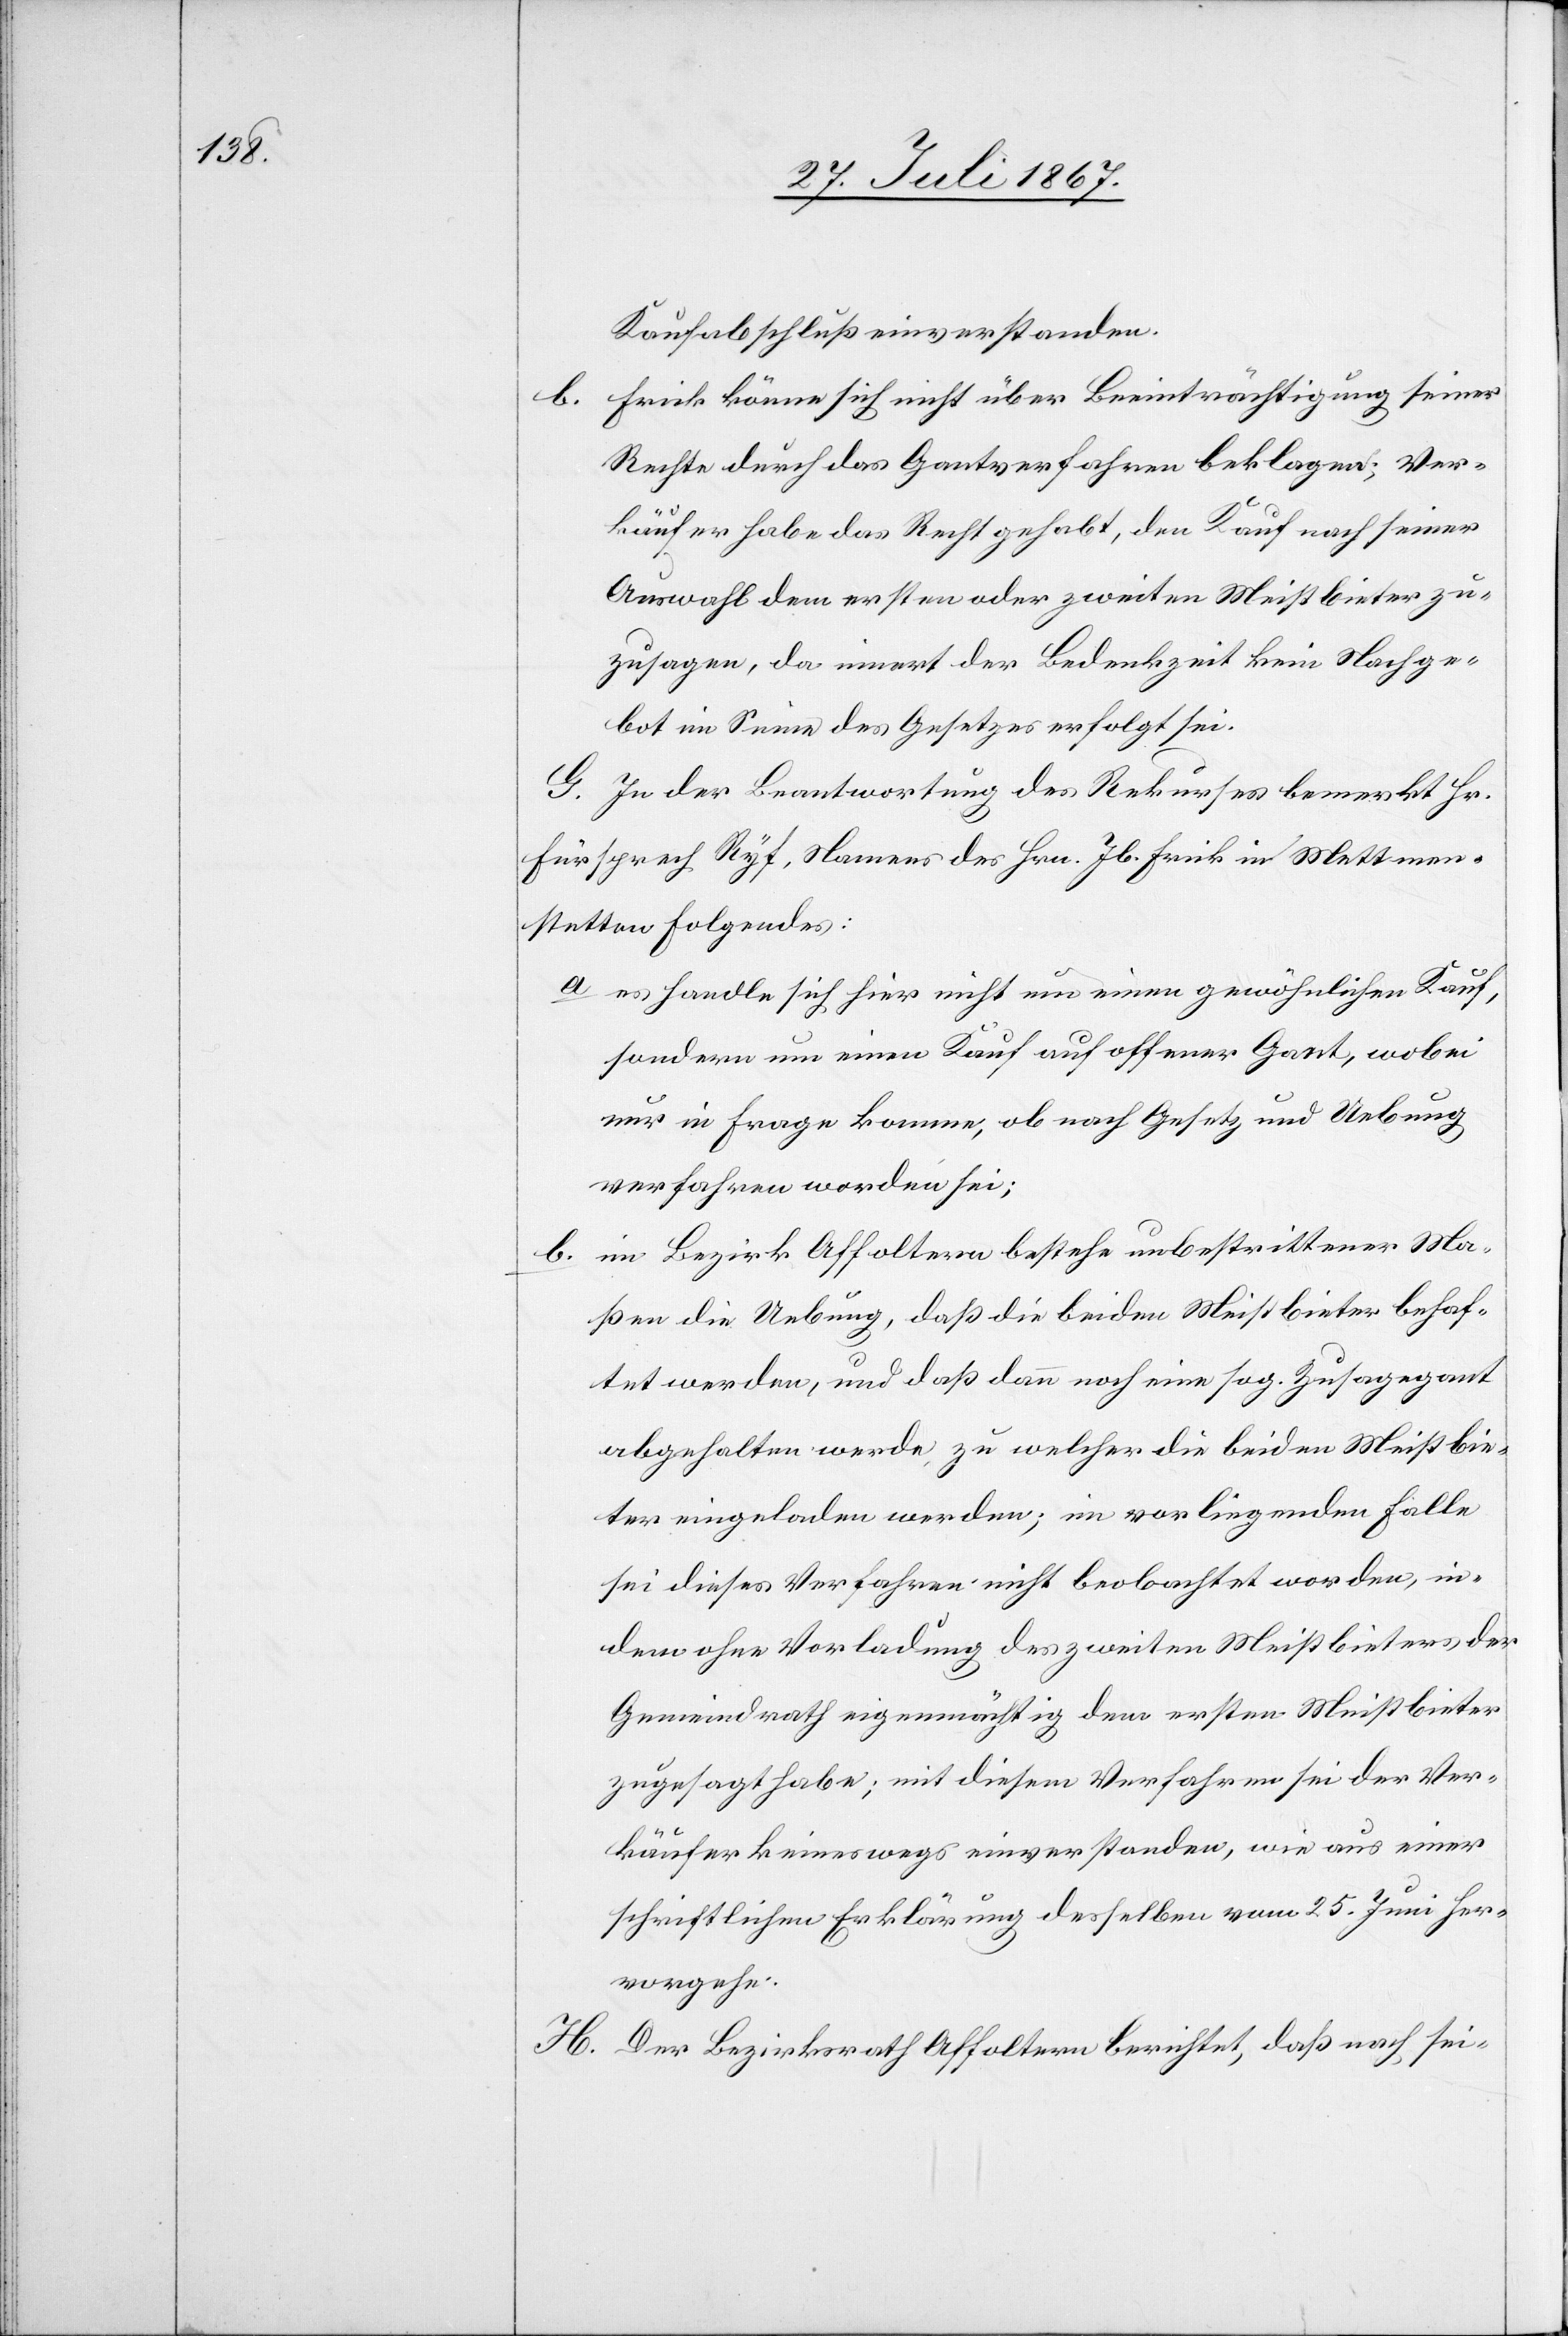
Kaufabschluß einverstanden.
Frick könne sich nicht über Beeinträchtigung seiner
b.
Rechte durch das Gantverfahren beklagen; Ver¬
käufer habe das Recht gehabt, den Kauf nach seiner
Auswahl dem ersten oder zweiten Meistbieter zu¬
zusagen, da innert der Bedenkzeit kein Nachge¬
bot im Sinne des Gesetzes erfolgt sei.
G. In der Beantwortung des Rekurses bemerkt Hr.
Fürsprech Ryf, Namens des Hrn. Jb. Frick in Mettmen¬
stetten folgendes:
a es handle sich hier nicht um einen gewöhnlichen Kauf,
sondern um einen Kauf auf offener Gant, wobei
nur in Frage komme, ob nach Gesetz und Uebung
verfahren worden sei;
b im Bezirk Affoltern bestehe unbestrittener Ma¬
ßen die Uebung, daß die beiden Meistbieter behaf¬
tet werden, und daß dann noch eine sog. Zusagegant
abgehalten werde, zu welcher die beiden Meistbie¬
ter eingeladen werden; im vorliegenden Falle
sei dieses Verfahren nicht beobachtet worden, in¬
dem ohne Vorladung der zweiten Meistbieters der
Gemeindrath eigenmächtig dem ersten Meistbieter
zugesagt habe; mit diesem Verfahren sei der Ver¬
käufer keineswegs einverstanden, wie aus einer
schriftlichen Erklärung desselben vom 25. Juni her¬
vorgehe.
H. Der Bezirksrath Affoltern berichtet, daß nach sei-